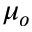
\mu _ { o }